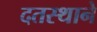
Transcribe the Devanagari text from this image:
दतस्थाने